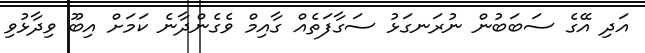
އަދި އޭގެ ސަބަބުން ނުރަނގަޅު ސަގާފަތެއް ގާއިމް ވެގެންދާނެ ކަމަށް އިބޫ ވިދާޅުވި